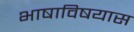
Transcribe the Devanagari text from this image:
भाषाविषयास